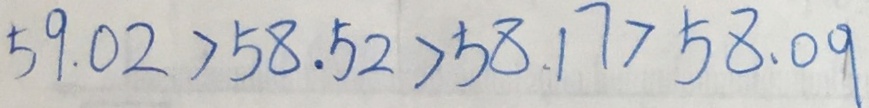
5 9 . 0 2 > 5 8 . 5 2 > 5 8 . 1 7 > 5 8 . 0 9